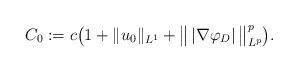
LaTeX: \begin{align*} C_0:=c\big(1+\|u_0\|_{L^1}+\big\|\,|\nabla\varphi_D|\,\big\|_{L^p}^p\big).\end{align*}